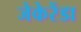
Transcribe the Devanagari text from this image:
जेकेरेंडा